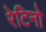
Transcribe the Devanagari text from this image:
रेटिनो